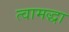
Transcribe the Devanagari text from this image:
त्वामद्धा